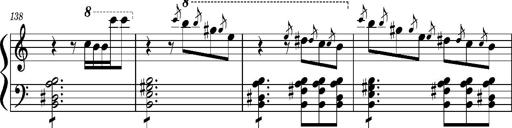
Title: Concerto sans orchestre, S.524a
Composer: Franz Liszt
Key: A major